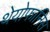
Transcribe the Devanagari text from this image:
थेयोफानिस